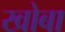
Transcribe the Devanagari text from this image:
खोबा